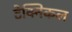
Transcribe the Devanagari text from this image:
टेक्‍निकल